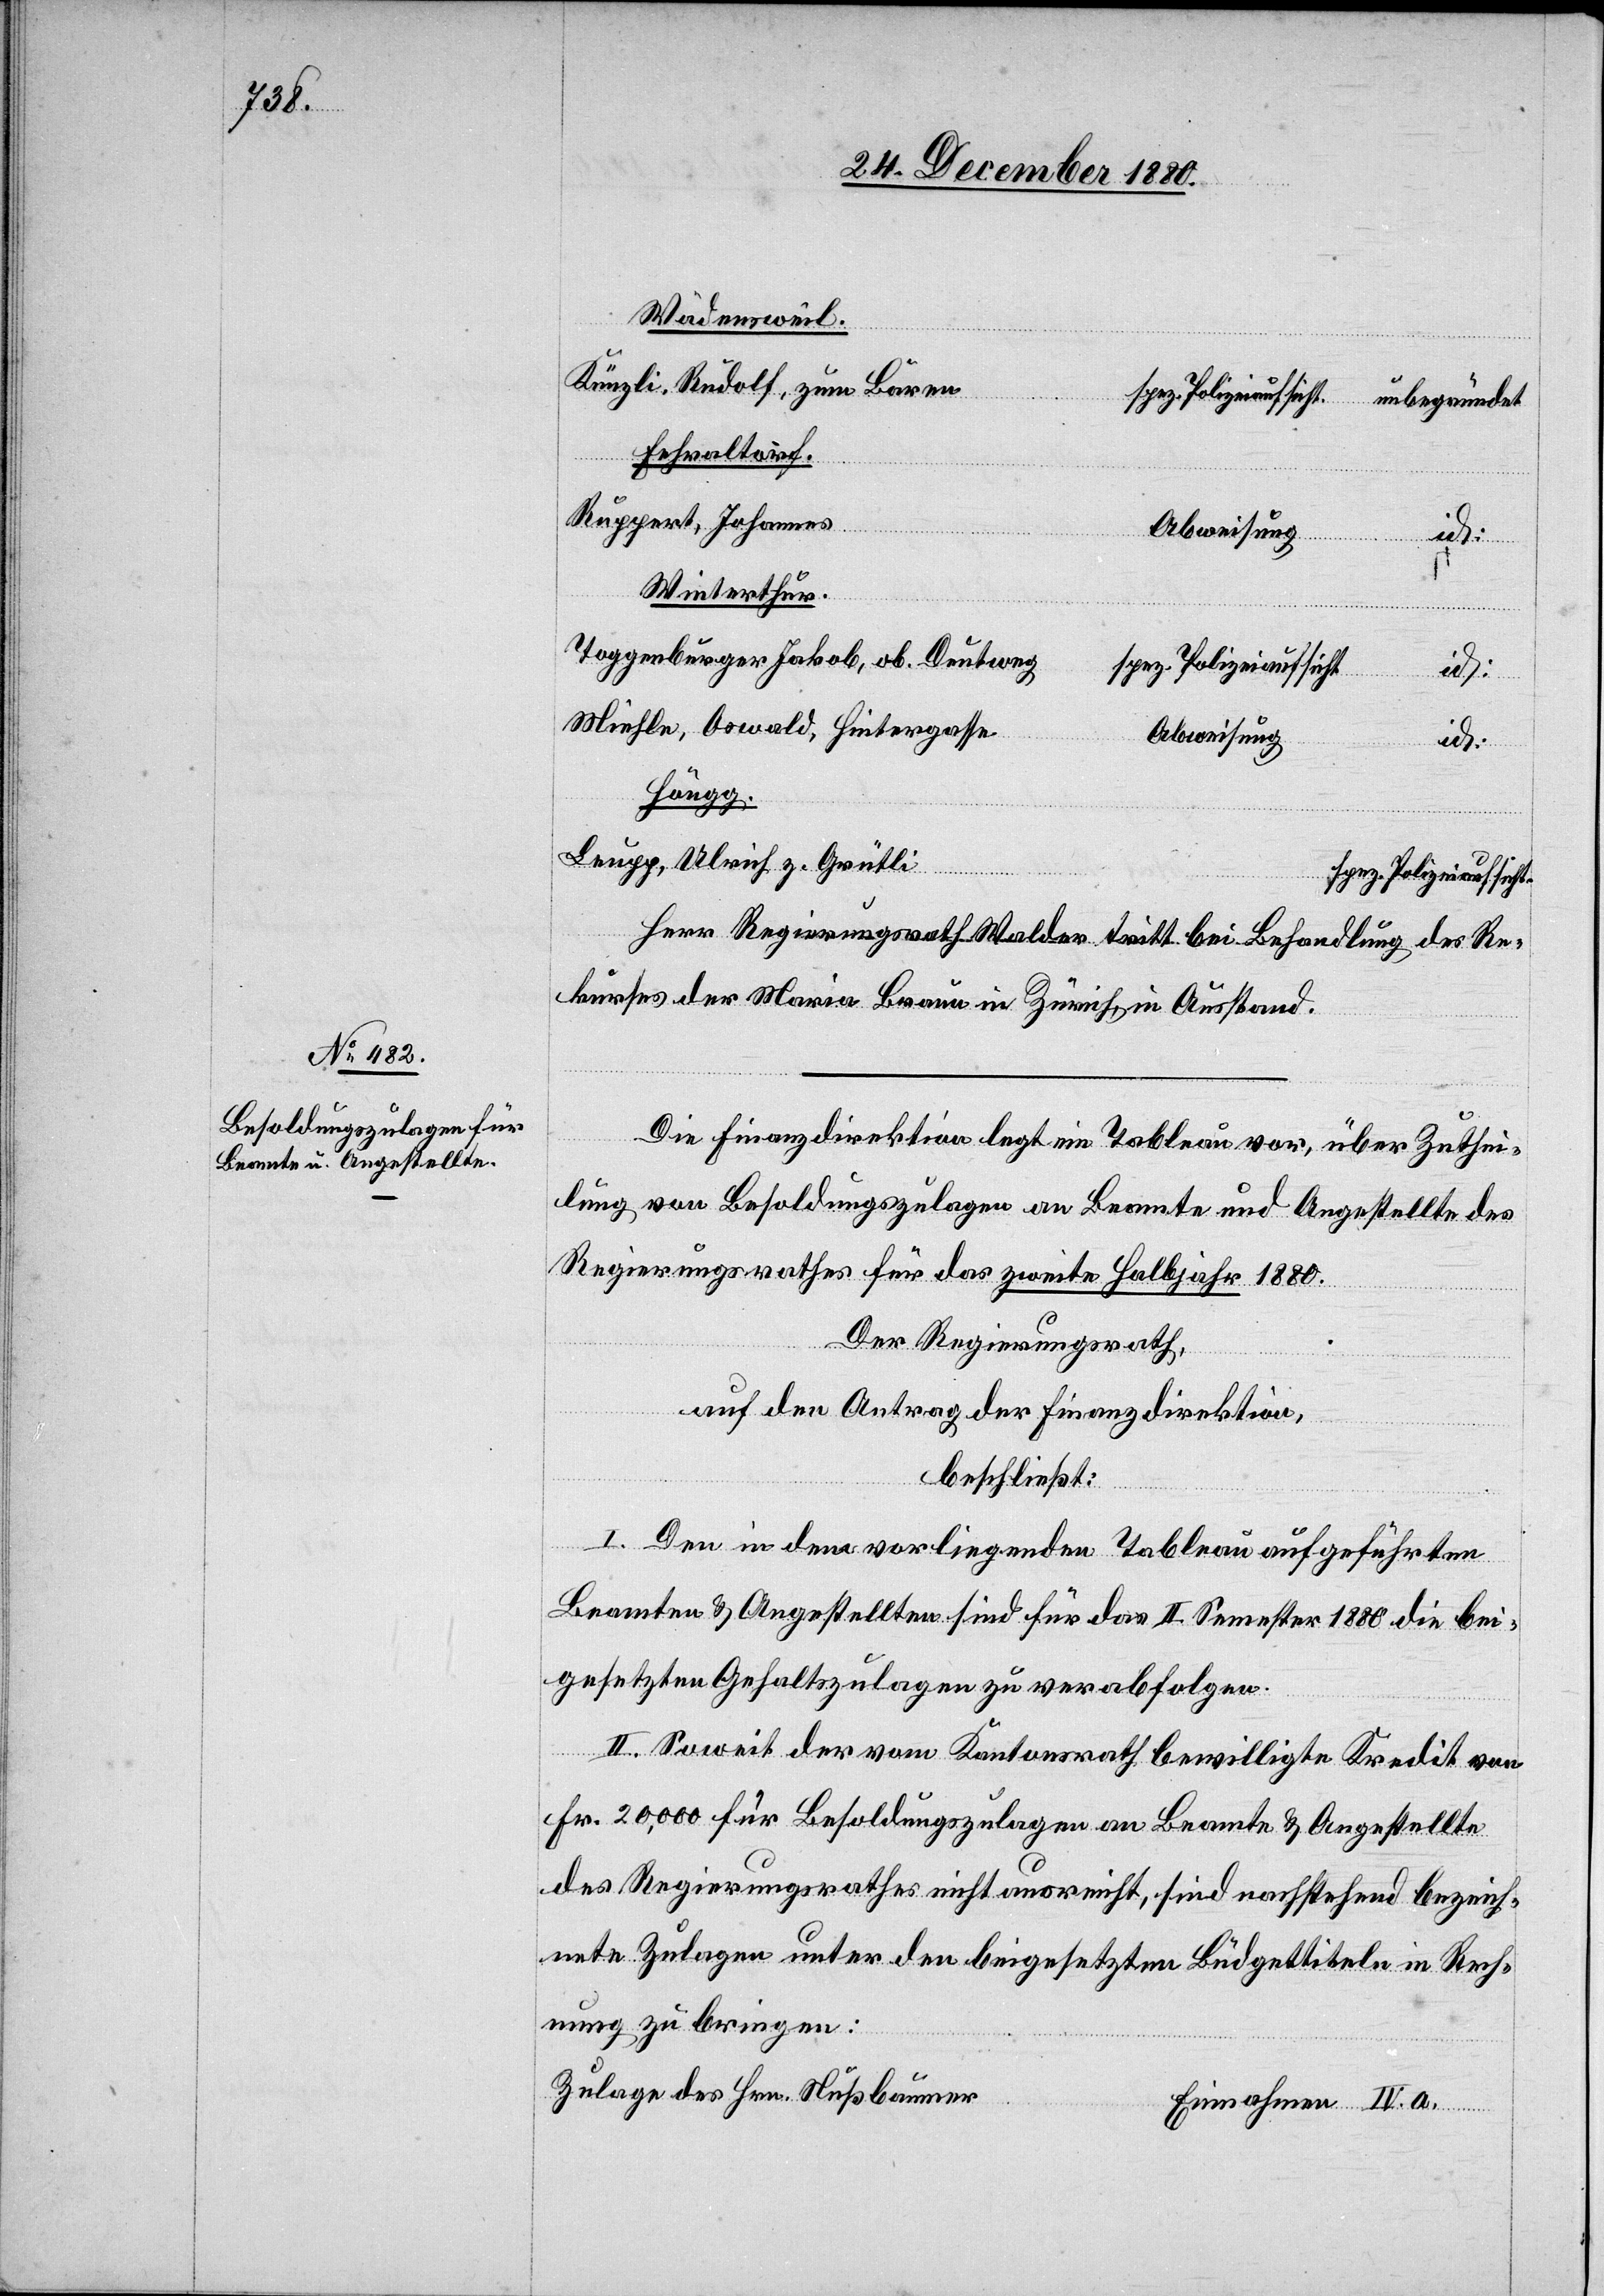
Wädensweil.
Künzli, Rudolf, zum Bären
Fehraltorf.
Ruppert, Johannes
Winterthur.
Toggenburger, Jakob, ob. Deutweg
spez. Polizeiaufsicht.
Miehle, Oswald, Hintergasse
Abweisung
Höngg.
Leupp, Ulrich z. Grütli
Einnahmen
Herr Regierungsrath Walder tritt bei Behandlung des Re¬
kurses der Maria Braun in Zürich, in Ausstand.
Die Finanzdirektion legt ein Tableau vor, über Zuthei¬
lung von Besoldungszulagen an Beamte und Angestellte des
Regierungsrathes für das zweite Halbjahr 1880.
Der Regierungsrath,
auf den Antrag der Finanzdirektion,
beschließt:
I. Den in dem vorliegenden Tableau aufgeführten
Beamten & Angestellten sind für das II. Semester 1880 die bei¬
gesetzten Gehaltszulagen zu verabfolgen.
II. Soweit der vom Kantonsrath bewilligte Kredit von
Fr. 20,000 für Besoldungszulagen an Beamte & Angestellte
des Regierungsrathes nicht ausreicht, sind nachstehend bezeich¬
nete Zulagen unter den beigesetzten Büdgettiteln in Rech¬
nung zu bringen:
a.